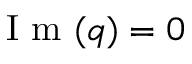
\mathrm { ~ I ~ m ~ } ( q ) = 0